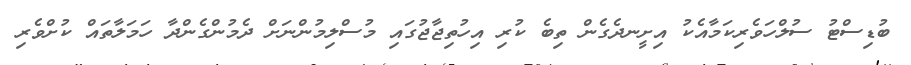
ބުޑިސްޓު ސުލްހަވެރިކަމާއެކު އިށީނދެގެން ތިބެ ކުރި އިހުތިޖާޖުގައި މުސްލިމުންނަށް ދެމުންގެންދާ ހަމަލާތައް ކުށްވެރި